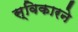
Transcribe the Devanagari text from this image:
स्विकारने